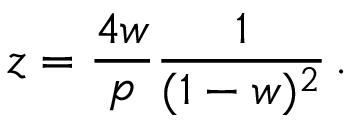
z = { \frac { 4 w } { p } } { \frac { 1 } { ( 1 - w ) ^ { 2 } } } \, .